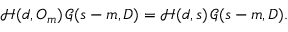
{ \mathcal { H } } ( d , O _ { m } ) \, { \mathcal { G } } ( s - m , D ) = { \mathcal { H } } ( d , s ) \, { \mathcal { G } } ( s - m , D ) .